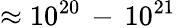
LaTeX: \approx 10^{20}\, -\, 10^{21}